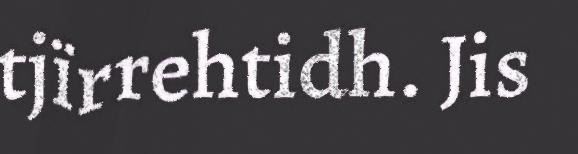
tjïrrehtidh. Jis